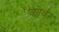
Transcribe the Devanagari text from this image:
कोर्वर